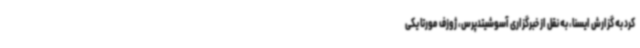
کرد به گزارش ایسنا، به نقل از خبرگزاری آسوشیتدپرس، ژوزف مورتا یکی